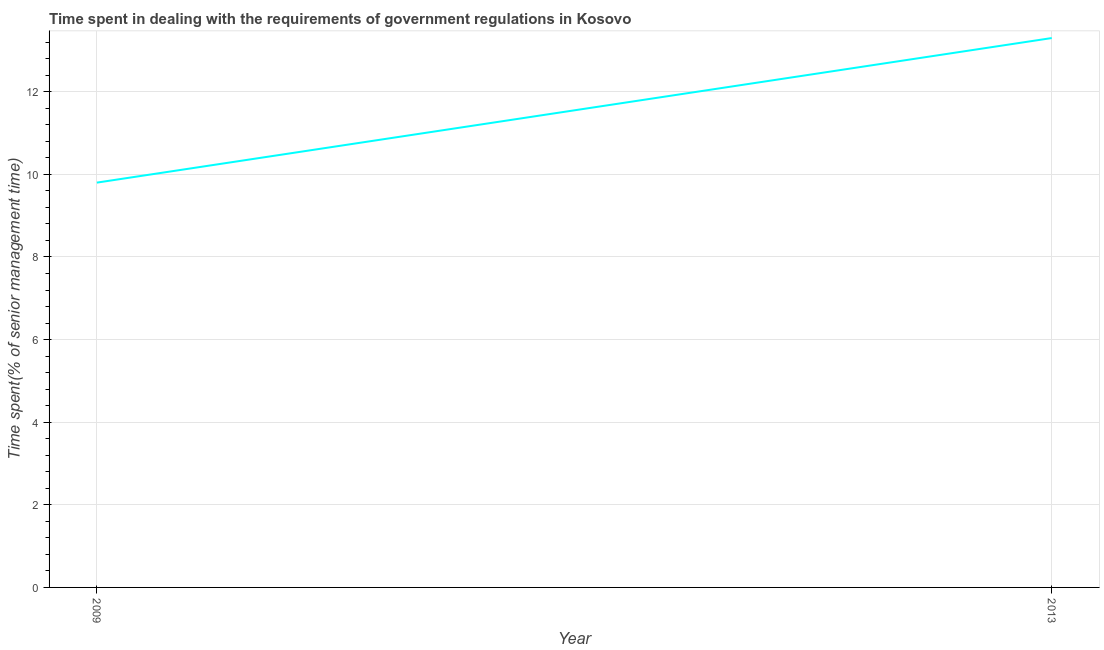
| Year | Government regulations |
 | --- | --- |
 | 2009 | 9.8 |
 | 2013 | 13.3 |